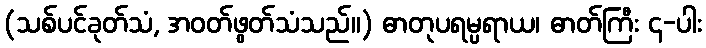
(သစ်ပင်ခုတ်သံ, အဝတ်ဖွတ်သံသည်။) ဓာတုပရမ္ပရာယ၊ ဓာတ်ကြီး ၄-ပါး